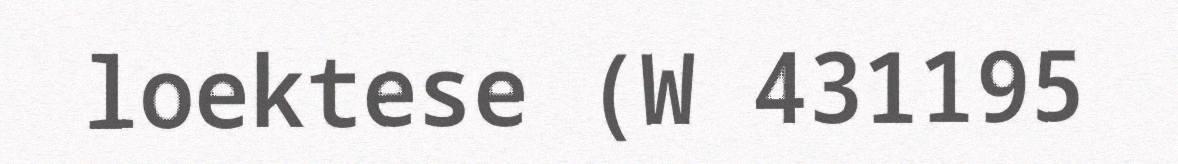
loektese (W 431195